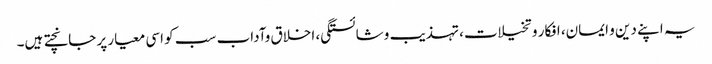
یہ اپنے دین و ایمان، افکار و تخیلات، تہذیب وشائستگی، اخلاق وآداب سب کو اسی معیار پر جانچتے ہیں۔